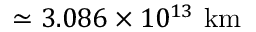
\simeq 3 . 0 8 6 \times 1 0 ^ { 1 3 } \ \mathrm { k m }